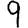
Digit: 9